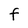
Character: F